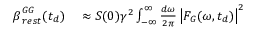
\begin{array} { r l } { \boldsymbol { \beta } _ { r e s t } ^ { G G } ( t _ { d } ) } & { { } \approx \boldsymbol { S } ( 0 ) \gamma ^ { 2 } \int _ { \mathbb { - \infty } } ^ { \infty } \frac { d \omega } { 2 \pi } \left| F _ { G } ( \omega , t _ { d } ) \right| ^ { 2 } } \end{array}